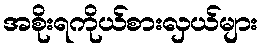
အစိုးရကိုယ်စားလှယ်များ